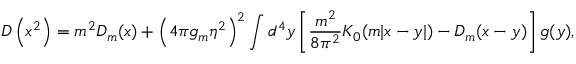
{ \cal D } \left( x ^ { 2 } \right) = m ^ { 2 } D _ { m } ( x ) + \left( 4 \pi g _ { m } \eta ^ { 2 } \right) ^ { 2 } \int d ^ { 4 } y \left[ \frac { m ^ { 2 } } { 8 \pi ^ { 2 } } K _ { 0 } ( m | x - y | ) - D _ { m } ( x - y ) \right] g ( y ) ,